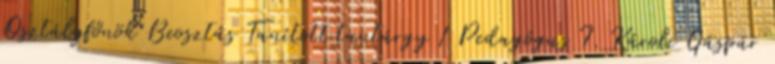
Osztályfőnök Beosztás Tanított tantárgy 1 Pedagógus I. Károli Gáspár